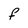
Character: f